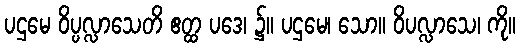
ပဌမေ ဝိပ္ပလ္လာသေတိ ဧတ္ထ ပဒေ၊ ၌။ ပဌမေ၊ သော။ ဝိပလ္လာသေ၊ ကို။